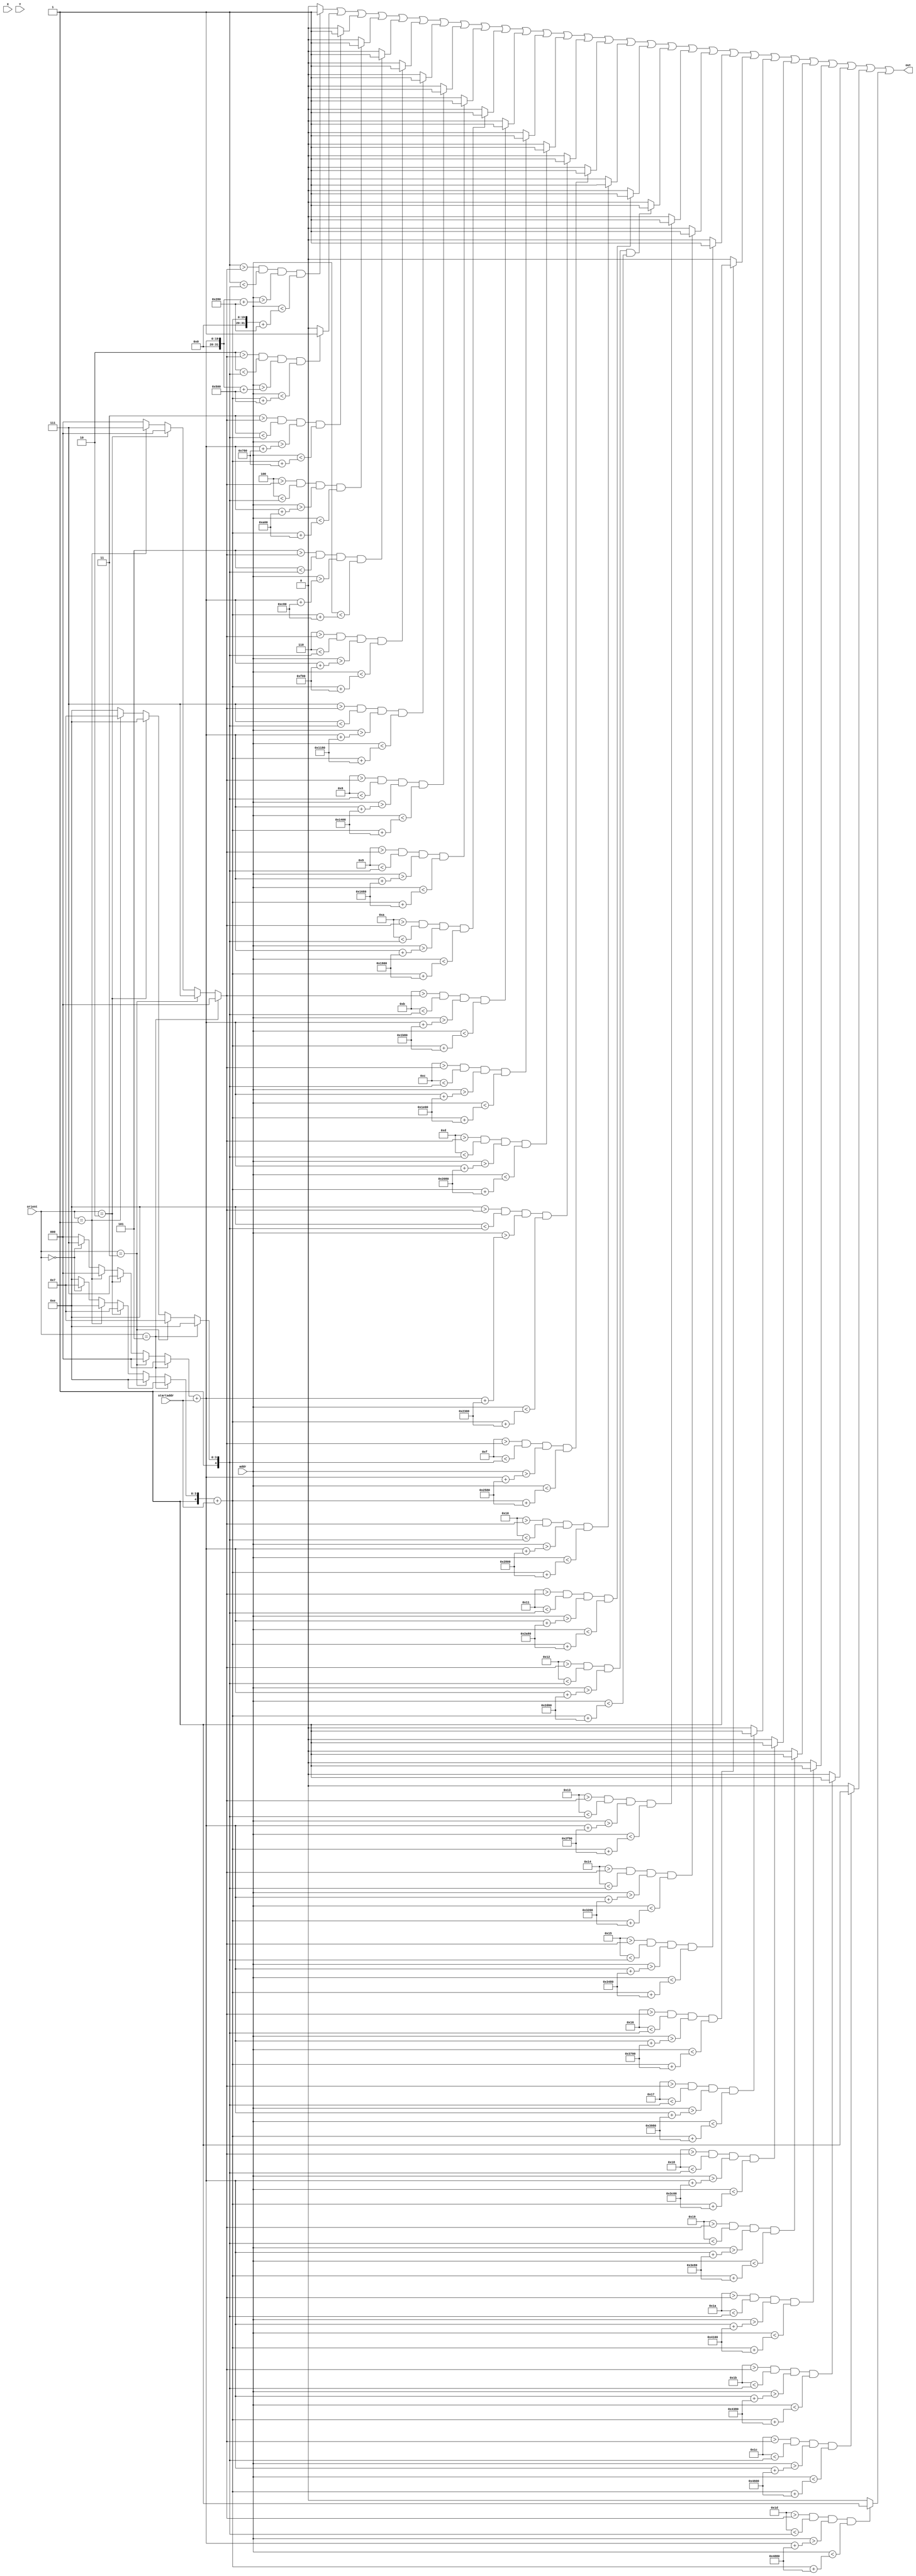
module checkXbyY(X, Y, startaddr, addr, orient, out); 
input [2:0] orient;
input[9:0] X,Y;
input[18:0] addr, startaddr;
output out;

wire [9:0] Xleft, Xright, Ydown, Yup;
wire[29:0] temp;

wire [9:0] Xleftup, Xrightup, Ydownup, Yupup;
// Up is 0, X drawn between 
assign Xleftup = orient==32'd0   ? 10'd7 :10'd0;
assign Xrightup = orient== 32'd0 ? 10'd23:10'd30;
assign Yupup = orient==32'd0     ? 10'd0 :10'd0;
assign Ydownup = orient==32'd0   ? 10'd30:10'd30;

wire [9:0] Xleftleft, Xrightleft, Ydownleft, Yupleft;
// Left is 1, Y drawn between
assign Xleftleft = orient==32'd1   ? 10'd0 :Xleftup;
assign Xrightleft = orient== 32'd1 ? 10'd30:Xrightup;
assign Yupleft =  orient== 32'd1   ? 10'd7 :Yupup;
assign Ydownleft =  orient== 32'd1 ? 10'd23:Ydownup;

wire [9:0] Xleftdown, Xrightdown, Ydowndown, Yupdown;
// Down is 2, X draw between
assign Xleftdown = orient==32'd2  ? 10'd7   :Xleftleft;
assign Xrightdown = orient==32'd2 ? 10'd23  :Xrightleft;
assign Yupdown = orient==32'd2    ? 10'd0   :Yupleft;
assign Ydowndown = orient==32'd2  ? 10'd30  :Ydownleft;

wire [9:0] Xleftright, Xrightright, Ydownright, Yupright;
// Right is 3, Y drawn between
assign Xleftright = orient==32'd3   ? 10'd0   :Xleftdown;
assign Xrightright = orient==32'd3  ? 10'd30  :Xrightdown;
assign Yupright = orient==32'd3     ? 10'd7   :Yupdown;
assign Ydownright = orient==32'd3   ? 10'd23  :Ydowndown;

assign Xleft  = orient== 32'd5 ? 10'd0: Xleftright;
assign Xright = orient== 32'd5 ? 10'd30:Xrightright;
assign Yup    = orient== 32'd5 ? 10'd0:Yupright;
assign Ydown  = orient== 32'd5 ? 10'd30:Ydownright;

genvar i; // This is essentially Y
generate
	for (i=0;i<30;i=i+1) begin: loop
		assign temp[i] = ((i>Yup) && (i<Ydown) && (addr > (Xleft + startaddr + i*640)) && (addr < (Xright + startaddr + i*640))) ? 1'b1 : 1'b0;
	end
endgenerate


//genvar i; // This is essentially Y
//generate
//	for (i=0;i<30;i=i+1) begin: loop
//		assign temp[i] = (addr > (startaddr + i*640)) && (addr < (X + startaddr + i*640)) ? 1'b1 : 1'b0;
//	end
//endgenerate

or getOut(out,temp[1],temp[2],temp[3],temp[4],temp[5],temp[6],temp[7],temp[8],temp[9],temp[10],
	temp[11],temp[12],temp[13],temp[14],temp[15],temp[16],temp[17],temp[18],temp[19],temp[20],
	temp[21],temp[22],temp[23],temp[24],temp[25],temp[26],temp[27],temp[28],temp[29]);

endmodule